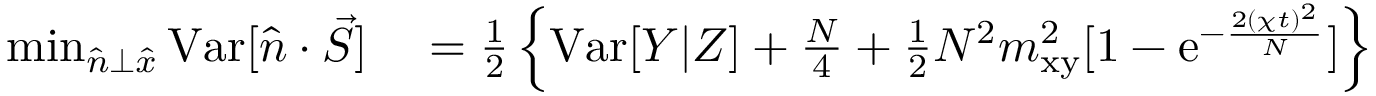
\begin{array} { r l } { \operatorname* { m i n } _ { \hat { n } \bot \hat { x } } { \mathrm { V a r } [ \hat { n } \cdot \vec { S } ] } } & { { } = \frac { 1 } { 2 } \left\{ \mathrm { V a r } [ Y | Z ] + \frac { N } { 4 } + \frac { 1 } { 2 } N ^ { 2 } m _ { \mathrm { x y } } ^ { 2 } [ 1 - \mathrm { e } ^ { - \frac { 2 ( \chi t ) ^ { 2 } } { N } } ] \right\} } \end{array}